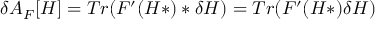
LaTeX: \delta { \cal A } _ { F } [ H ] = T r ( F ^ { \prime } ( H * ) * \delta H ) = T r ( F ^ { \prime } ( H * ) \delta H )